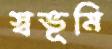
স্বভূমি